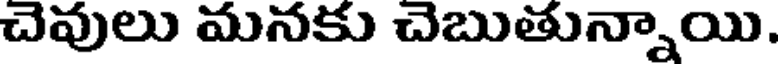
చెవులు మనకు చెబుతున్నాయి.